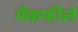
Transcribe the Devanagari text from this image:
मैकफीले